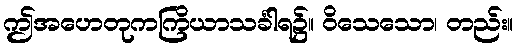
ဤအဟေတုကကြိယာသင်္ခါရ၌။ ဝိသေသော၊ တည်း။